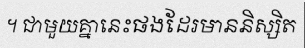
។ ជាមួយគ្នានេះផងដែរមាននិស្សិត